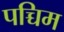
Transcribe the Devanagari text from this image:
पच्चिम